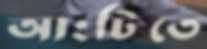
আংটিতে